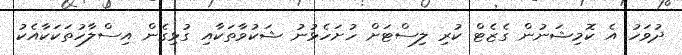
ދުވަހު އެ ކޮމިޝަނުން ގެޒެޓް ކުރި ލިސްޓަށް ހުށަހެޅުނު ޝަކުވާތަކާއި ގުޅިގެން އިސްލާހުތަކަކާއެކު